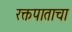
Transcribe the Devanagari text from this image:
रक्तपाताचा